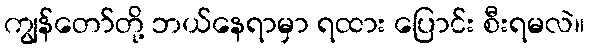
ကျွန်တော်တို့ ဘယ်နေရာမှာ ရထား ပြောင်း စီးရမလဲ။